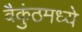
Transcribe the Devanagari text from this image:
वैकुंठमध्ये